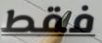
فقط